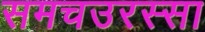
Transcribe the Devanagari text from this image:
समचउरस्सा